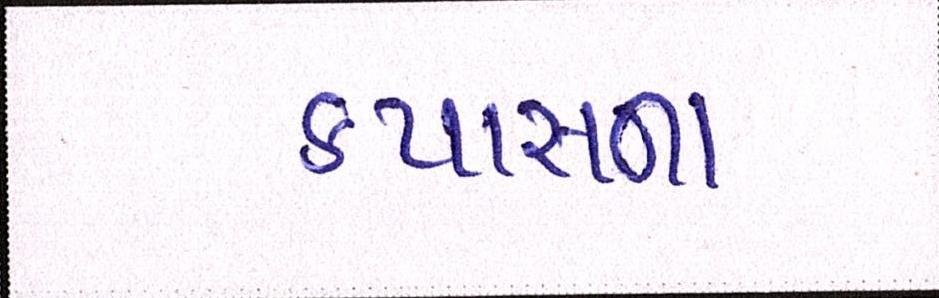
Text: કપાસના